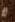
لا